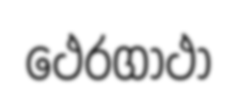
ථෙරගාථා